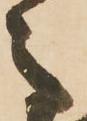
之